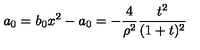
a _ { 0 } = b _ { 0 } x ^ { 2 } - a _ { 0 } = - \frac { 4 } { \rho ^ { 2 } } \frac { t ^ { 2 } } { ( 1 + t ) ^ { 2 } }